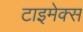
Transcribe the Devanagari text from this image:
टाइमेक्स